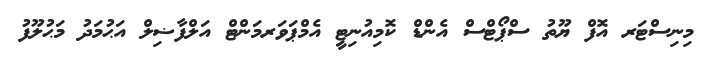
މިނިސްޓަރ އޮފް ޔޫތު ސްޕޯޓްސް އެންޑް ކޮމިއުނިޓީ އެމްޕަވަރމަންޓް އަލްފާޟިލް އަޙުމަދު މަޙުލޫފު